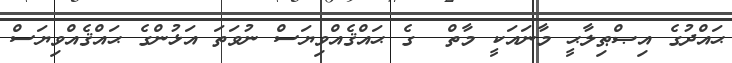
ޙައްދުގެ އިޞްޠިލާޙީ މާނައަކީ މާތް  ގެ ޙައްޤެއްވިޔަސް ނުވަތަ އަޅުންގެ ޙައްޤެއްވިޔަސް